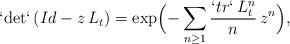
LaTeX: \begin{align*}` {\rm det}` \, (Id - z \, L_{t})=\exp\Bigl(- \sum_{n \geq 1} \frac{`tr` \,L_{t}^{n}}{n}\, z^n\Bigr), \end{align*}